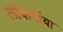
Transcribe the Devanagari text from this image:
लोंबार्दीया